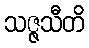
သဇ္ဇသီတိ